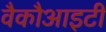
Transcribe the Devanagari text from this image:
वैकौआइटी